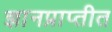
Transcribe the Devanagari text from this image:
ज्ञानप्राप्तीत